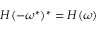
\begin{array} { r } { H ( - \omega ^ { * } ) ^ { * } = H ( \omega ) } \end{array}